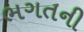
ભગતની